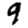
Digit: 9